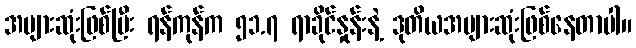
အများဆုံးဖြစ်ပြီး ရန်ကုန်က ၅၁.၇ ရာခိုင်နှုန်းနဲ့ ဒုတိယအများဆုံးဖြစ်နေတာပါ။